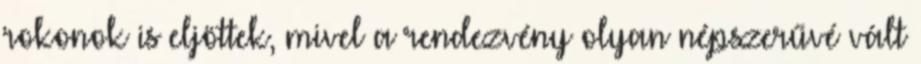
rokonok is eljöttek, mivel a rendezvény olyan népszerűvé vált